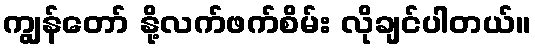
ကျွန်တော် နို့လက်ဖက်စိမ်း လိုချင်ပါတယ်။